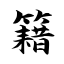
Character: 籍